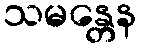
သမန္တေန